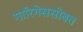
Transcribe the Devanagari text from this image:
गारिगेससोबत